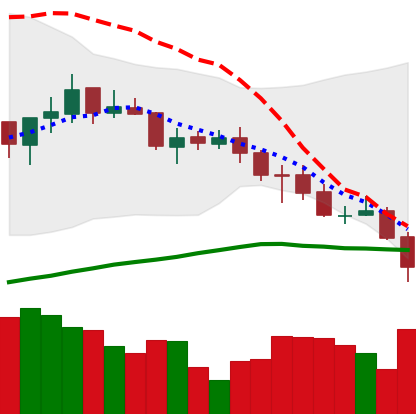
Ticker: ADA-USD
Chart end date: 2021-07-20
Forward return: 16.303%
Label: up_7plus